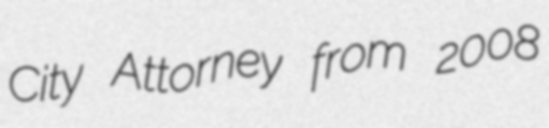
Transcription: City Attorney from 2008